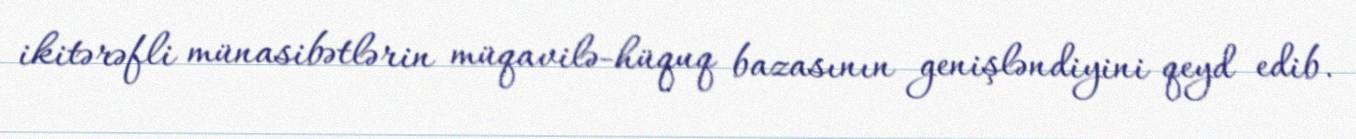
ikitərəfli münasibətlərin müqavilə-hüquq bazasının genişləndiyini qeyd edib.